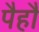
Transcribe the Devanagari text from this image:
पैहौं